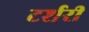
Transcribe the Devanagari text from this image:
टर्शरी